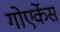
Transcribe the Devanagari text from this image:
गोएर्केस